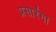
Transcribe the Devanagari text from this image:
प्रसारंगा